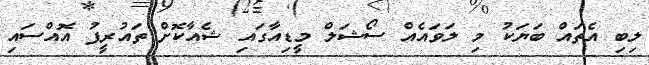
ލިބި އެތައް ބަޔަކު މި ލަވައެއް ސޯޝަލް މީޑިއާގައި ޝެއާކޮށް ތައުރީފު އޮއްސައި